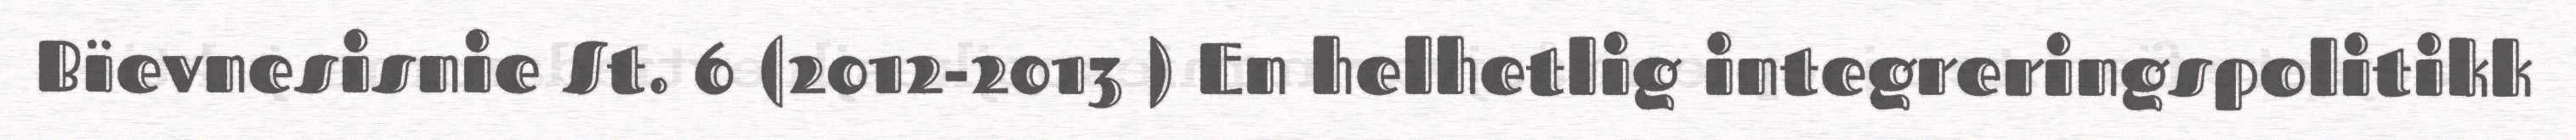
Bïevnesisnie St. 6 (2012-2013 ) En helhetlig integreringspolitikk